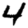
Digit: 4